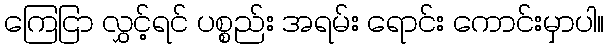
ကြေငြာ လွှင့်ရင် ပစ္စည်း အရမ်း ရောင်း ကောင်းမှာပါ။